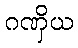
ဂဏှိယ